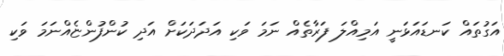
އަގުތައް ކަނޑައަޅަނީ އަމިއްލަ ފަރާތެއް ނަމަ ވަކި އަދަދަކަށް އަދި ކުންފުންޏެއްނަމަ ވަކި